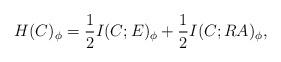
LaTeX: \begin{align*}H(C)_\phi = \frac{1}{2} I(C;E)_\phi + \frac{1}{2} I(C;RA)_\phi,\end{align*}